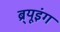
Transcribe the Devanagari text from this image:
ब्र्यूइंग